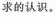
求的认识。